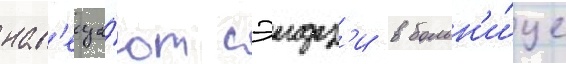
нав'еща́ют сэидз'и в больн'и́це